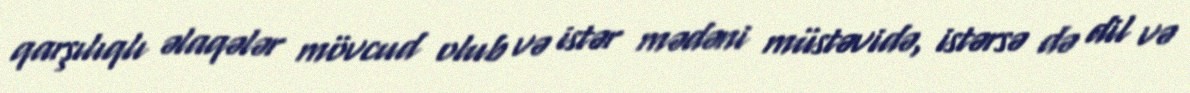
qarşılıqlı əlaqələr mövcud olub və istər mədəni müstəvidə, istərsə də dil və